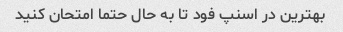
بهترین در اسنپ فود تا به حال حتما امتحان کنید